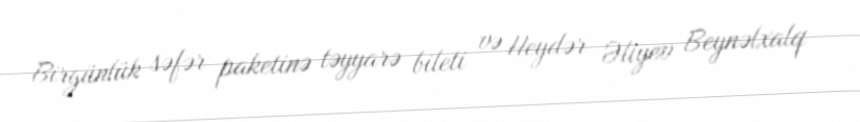
Birgünlük səfər paketinə təyyarə bileti və Heydər Əliyev Beynəlxalq